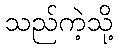
သည်ကဲ့သို့